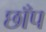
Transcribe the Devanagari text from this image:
छाँप